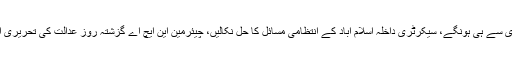
تمام ترقیاتی کام ایم سی آئی کی منظوری سے ہی ہونگے، سیکرٹری داخلہ اسلام آباد کے انتظامی مسائل کا حل نکالیں، چیئرمین این ایچ اے گزشتہ روز عدالت کی تحریری احکامات کے باوجود حاضرنہیں ہوئے۔